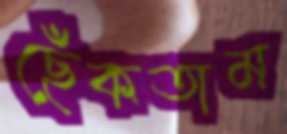
ছেঁকতাম